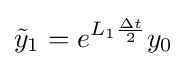
{\tilde {y}}_{1}=e^{L_{1}{\frac {\Delta t}{2}}}y_{0}